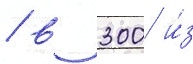
/ в 300 и́з